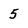
Character: 5